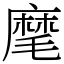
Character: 麾